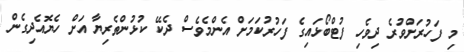
މި ފަހުރަށްވުރެ ދިވެހި ފުޓްބޯޅައިގެ ފަހުރުކަމަށް އެންމެވެސް ދެކޭ ކުޅުންތެރިޔާ އަށް ހެޔޮއެދިގެން